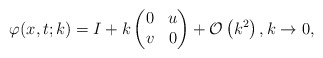
\begin{align*}\varphi(x,t;k)=I+k\begin{pmatrix}0 & u \\v & 0\end{pmatrix}+\mathcal{O}\left(k^2\right), k \rightarrow 0,\end{align*}